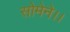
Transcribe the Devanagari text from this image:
सोमेने।।